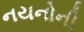
નયનોની